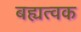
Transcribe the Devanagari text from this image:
बह्यत्वक